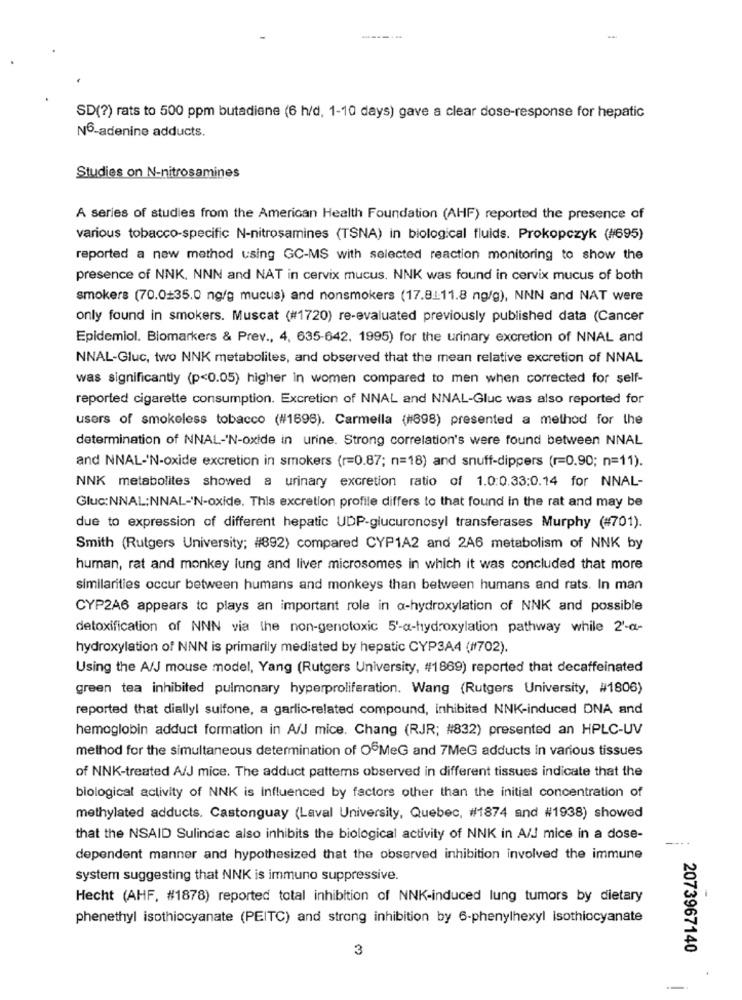
SD(?) rats to 500 ppm butadiene (6 h/d, 1-10 days) gave a clear dose-response for hepatic
N6-adenine adducts.
Studies on N-nitrosamines
A series of studies from the American Health Foundation (AHF) reported the presence of
various tobacco-specific N-nitrosamines (TSNA) in biological fluids. Prokopczyk (#695)
reported a new method using GC-MS with selected reaction monitoring to show the
presence of NNK, NNN and NAT in cervix mucus. NNK was found in cervix mucus of both
smokers (70.0+35.0 ng/g mucus) and nonsmokers (17.8:11.8 ng/g), NNN and NAT were
only found in smokers. Muscat (#1720) re-evaluated previously published data (Cancer
Epidemiol. Biomarkers & Prev ., 4, 635-642. 1995) for the urinary excretion of NNAL and
NNAL-Gluc, two NNK metabolites, and observed that the mean relative excretion of NNAL
was significantly (p<0.05) higher in women compared to men when corrected for self-
reported cigarette consumption. Excretion of NNAL and NNAL-Gluc was also reported for
users of smokeless tobacco (#1695). Carmella (#898) presented a method for the
determination of NNAL-'N-oxide in urine. Strong correlation's were found between NNAL
and NNAL-'N-oxide excretion in smokers (r=0.87; n=18) and snuff-dippers (r=0.90; n=11).
NNK metabolites showed a urinary excretion ratio of 1.0:0.33:0.14 for NNAL-
Gluc:NNAL:NNAL-'N-oxide. This excretion profile differs to that found in the rat and may be
due to expression of different hepatic UDP-glucuronosyl transferases Murphy (#701).
Smith (Rutgers University; #892) compared CYP1A2 and 2A6 metabolism of NNK by
human, rat and monkey lung and liver microsomes in which it was concluded that more
similarities occur between humans and monkeys than between humans and rats. In man
CYP2A6 appears to plays an important role in a-hydroxylation of NNK and possible
detoxification of NNN via the non-genotoxic 5'-a-hydroxylation pathway while 2'-a-
hydroxylation of NNN is primarily mediated by hepatic CYP3A4 (#702).
Using the A/J mouse model, Yang (Rutgers University, #1869) reported that decaffeinated
green tea inhibited pulmonary hyperproliferation. Wang (Rutgers University, #1806)
reported that diallyl sulfone, a garlic-related compound, inhibited NNK-induced DNA and
hemoglobin adduct formation in A/J mice. Chang (RJR; #832) presented an HPLC-UV
method for the simultaneous determination of OfMeG and 7MeG adducts in various tissues
of NNK-treated A/J mice. The adduct pattems observed in different tissues indicate that the
biological activity of NNK is influenced by factors other than the initial concentration of
methylated adducts. Castonguay (Laval University, Quebec, #1874 and #1938) showed
that the NSAID Sulindac also inhibits the biological activity of NNK in A/J mice in a dose-
-
dependent manner and hypothesized that the observed inhibition involved the immune
system suggesting that NNK is immuno suppressive.
Hecht (AHF, #1878) reported total inhibition of NNK-induced lung tumors by dietary
phenethyl isothiocyanate (PEITC) and strong inhibition by 6-phenylhexyl isothiocyanate
3
2073967140